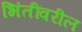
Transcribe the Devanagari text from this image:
भिंतींवरील